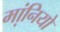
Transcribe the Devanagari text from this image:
मानियो